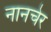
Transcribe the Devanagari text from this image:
नानचेर